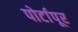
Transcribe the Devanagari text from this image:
पोर्टापूर